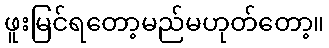
ဖူးမြင်ရတော့မည်မဟုတ်တော့။